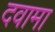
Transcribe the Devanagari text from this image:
दवामा